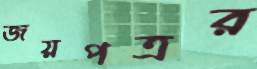
জয়পত্রর